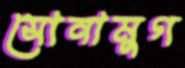
সোনামুগ